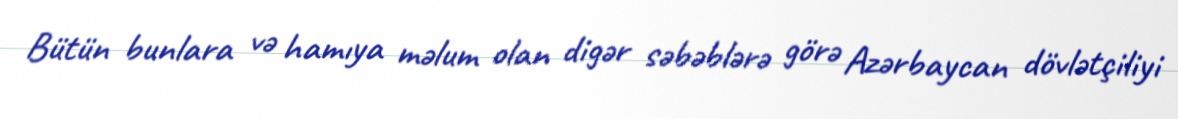
Bütün bunlara və hamıya məlum olan digər səbəblərə görə Azərbaycan dövlətçiliyi